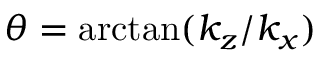
\theta = \arctan ( { k _ { z } / k _ { x } } )